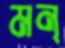
মন্